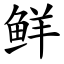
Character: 鲜